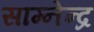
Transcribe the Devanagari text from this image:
साम्नेन्द्र